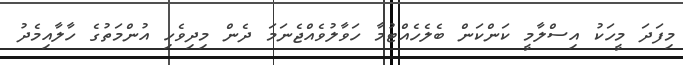
މިފަދަ މީހަކު އިސްލާމީ ކަންކަން ބެލެހެއްޓުމާ ހަވާލުވެއްޖެނަމަ ދެން މިދިވެހި އުންމަތުގެ ހާލާއިމެދު